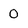
Character: 0